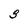
Character: 3